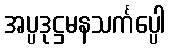
အပ္ပဒုဋ္ဌမနသင်္ကပ္ပေါ